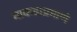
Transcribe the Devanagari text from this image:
माकडाप्रमाणे